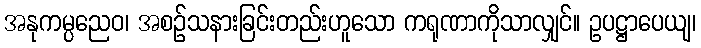
အနုကမ္ပညေဝ၊ အစဉ်သနားခြင်းတည်းဟူသော ကရုဏာကိုသာလျှင်။ ဥပဋ္ဌာပေယျ၊